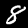
Label: 8